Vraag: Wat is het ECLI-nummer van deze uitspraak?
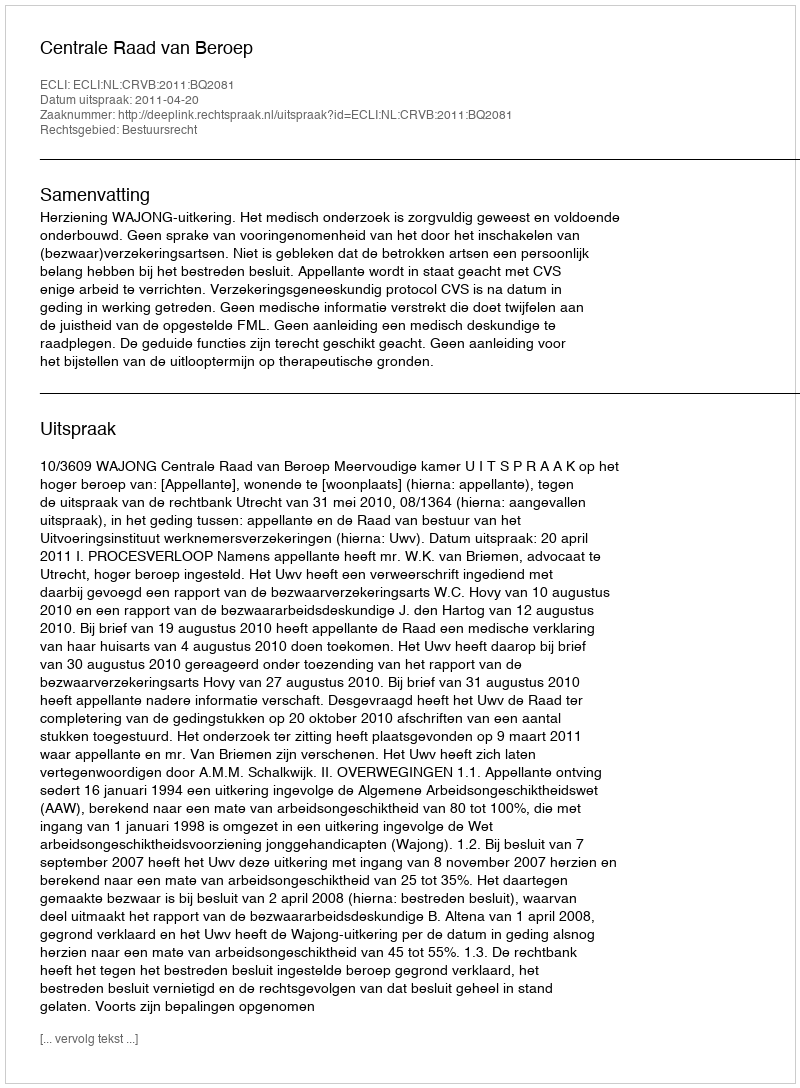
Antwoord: ECLI:NL:CRVB:2011:BQ2081